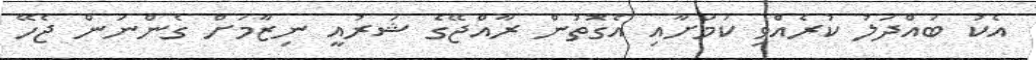
އެކު ބައްދަލު ކުރެއްވި ކަމަށާއި އެގޮތުން ރާއްޖޭގެ ޝަރުއީ ނިޒާމަށް ގެންނަން ޖެހޭ